Leaving Certificate Examination, 1910
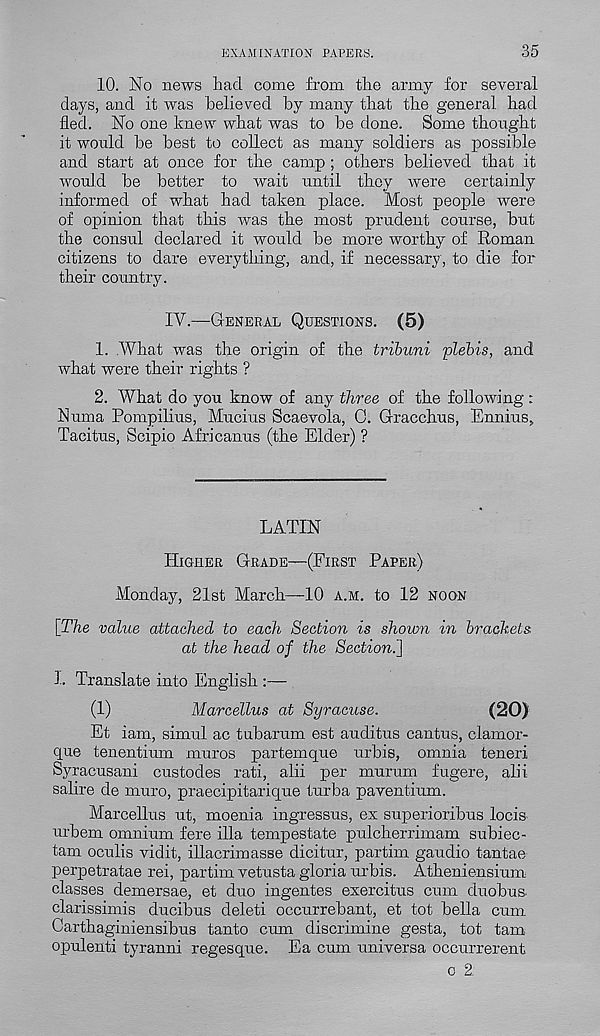
EXAMINATION PAPERS.
35
10. No news had come from the army for several
days, and it was believed by many that the general had
fled. No one knew what was to be done. Some thought
it would be best to collect as many soldiers as possible
and start at once for the camp ; others believed that it
would be better to wait until they were certainly
informed of what had taken place. Most people were
of opinion that this was the most prudent course, but
the consul declared it would be more worthy of Roman
citizens to dare everything, and, if necessary, to die for
their country.
IV.—General Questions. (5)
1. .What was the origin of the tribuni plebis, and
what were their rights ?
2. What do you know of any three of the following:
Numa Pompilius, Mucius Scaevola, 0. Gracchus, Ennius.,
Tacitus, Scipio Africanus (the Elder) ?
LATIN
Higher Grade—(First Paper)
Monday, 21st March—10 a.m. to 12 noon
[The value attached to each Section is shown in brackets
at the head of the Section.]
1. Translate into English :—
(1)
Marcellus at Syracuse.
(20)
Et iam, simul ac tubarum est auditus cantus, clamor-
que tenentium muros partemque urbis, omnia teneri
Syracusani custodes rati, alii per murum fugere, alii
salire de muro, praecipitarique turba paventium.
Marcellus ut, moenia ingressus, ex superioribus locis
urbem omnium fere ilia tempestate pulcherrimam subiec-
tam oculis vidit, illacrimasse dicitur, partim gaudio tantae
perpetratae rei, partim vetusta gloria urbis. Atheniensium
classes demersae, et duo ingentes exercitus cum duobus-
clarissimis ducibus deleti occurrebant, et tot bella cum
Carthaginiensibus tanto cum discrimine gesta, tot tarn
opulenti tyranni regesque. Ea cum universa occurrerent
c 2